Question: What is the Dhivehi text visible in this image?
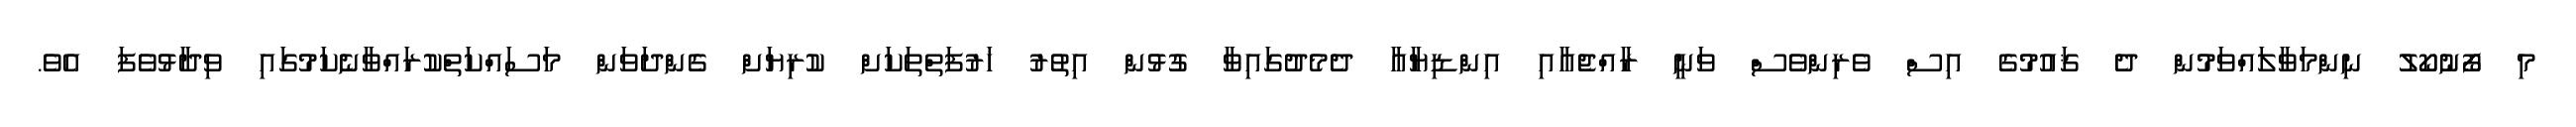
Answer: މި ފޯނުކޯލު ނިންމަވާލައްވަމުން ދެ ޤައުމުގެ އިސް ވެރިންވެސް ވަނީ ރާއްޖެއާއި އިންޑިޔާއާ ދެމެދުގައިވާ ގުޅުން އިތުރު ހަރުފަތްތަކަށް ކުރިޔަށް ގެންދަވަން މަސައްކަތްކުރައްވާނެކަމުގައި ވިދާޅުވެފަ އެވެ.